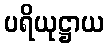
ပရိယုဋ္ဌာယ